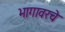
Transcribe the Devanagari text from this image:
भागावरचे